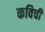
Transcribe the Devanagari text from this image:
कविची